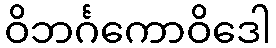
ဝိဘင်္ဂကောဝိဒေါ